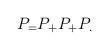
LaTeX: \begin{align*}P_=P_+P_ + P_. \end{align*}